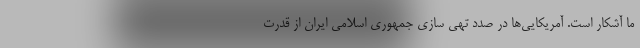
ما آشکار است. آمریکایی‌ها در صدد تهی سازی جمهوری اسلامی ایران از قدرت